Annual report of the Civil Veterinary Department, Bengal, and of the Bengal Veterinary College, for the year 1902-1903 - 1902-1903
Year: 1902
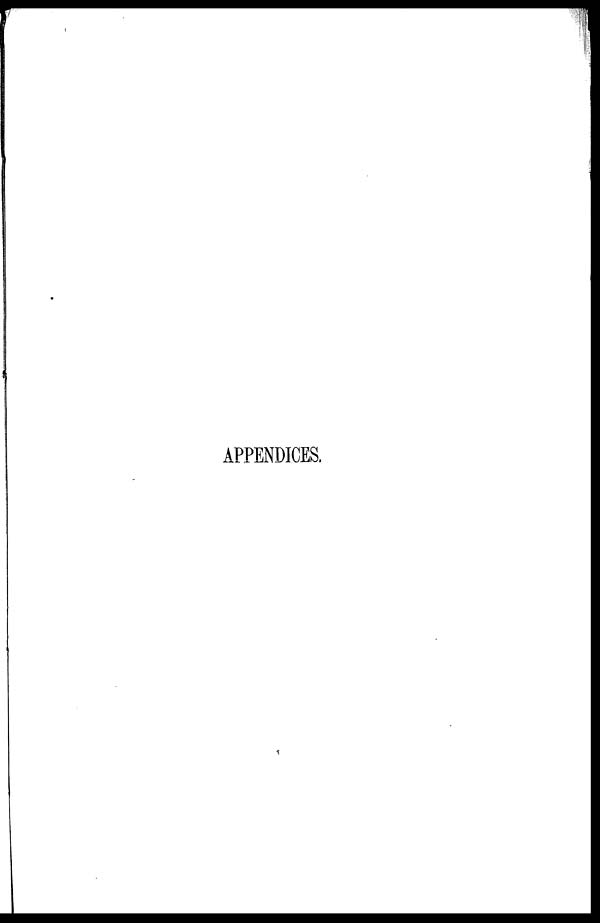
APPENDICES.